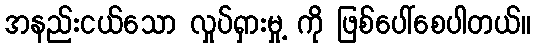
အနည်းငယ်သော လှုပ်ရှားမှု့ ကို ဖြစ်ပေါ်စေပါတယ်။